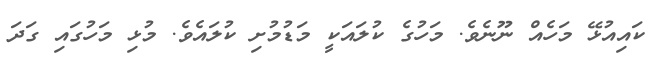
ކައިއުޅޭ މަހެއް ނޫނެވެ. މަހުގެ ކުލައަކީ މަޑުމުށި ކުލައެވެ. މުޅި މަހުގައި ގަދަ